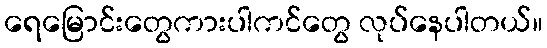
ရေမြောင်းတွေကားပါကင်တွေ လုပ်နေပါတယ်။